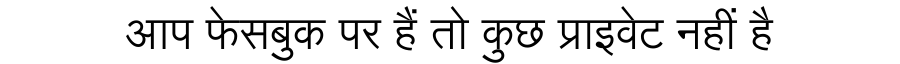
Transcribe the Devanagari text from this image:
आप फेसबुक पर हैं तो कुछ प्राइवेट नहीं है